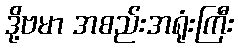
ဒို့ဗမာ အစည်းအရုံးကြီး